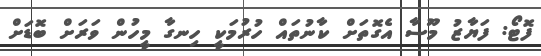
ފޮޓޯ: ފަޔާޒު މޫސާ އެގޮތަށް ކާނުތައް ހުރުމަކީ ހިނގާ މީހުން ވަރަށް ބޮޑަށް